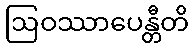
ဩဝဿာပေန္တီတိ